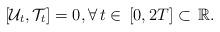
LaTeX: \begin{align*}[\mathcal{U}_t,\mathcal{T}_t]=0, \forall \,t\in\,[0,2 T]\subset \,\mathbb{R}.\end{align*}